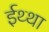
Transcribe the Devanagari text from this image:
ईथ्था